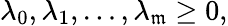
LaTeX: \lambda_{0},\lambda_{1},\ldots,\lambda_{\mathfrak{m}}\geq0,